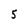
Character: 5